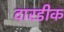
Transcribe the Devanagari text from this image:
दारडीक